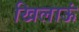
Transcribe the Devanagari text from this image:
खिलाऊं